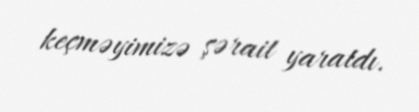
keçməyimizə şərait yaratdı.